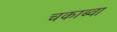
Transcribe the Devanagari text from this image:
चकाब्वा